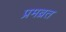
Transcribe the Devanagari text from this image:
प्रमब्रत